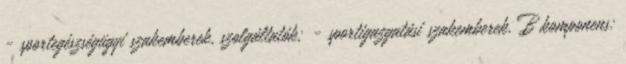
- sportegészségügyi szakemberek, szolgáltatók; - sportigazgatási szakemberek. B komponens: